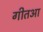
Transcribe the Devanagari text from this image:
गीतआ